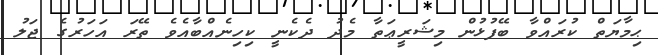
ޙިމާޔަތް ކުރައްވާ ބޭފުޅުން މިޝަރީޢަތާ މެދު ދެކެނީ ކިހިނެއްބާއެވެ ތޭރަ އަހަރުގެ ޖަލު